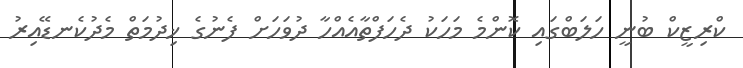
ކްރިޒީކް ބުނީ ހަލަބްގައި ކޮންމެ މަހަކު ދެހަފްތާއެއްހާ ދުވަހަށް ފެނުގެ ޚިދުމަތް މެދުކެނޑޭއިރު